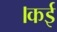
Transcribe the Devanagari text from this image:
।कई